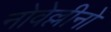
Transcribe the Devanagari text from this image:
नोवेल्लीनो